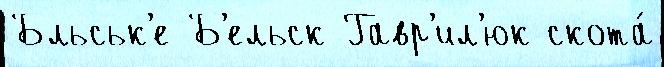
Бльськ'е Б'ельск Гавр'ил'юк скота́